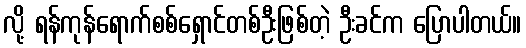
လို့ ရန်ကုန်ရောက်စစ်ရှောင်တစ်ဦးဖြစ်တဲ့ ဦးခင်က ပြောပါတယ်။